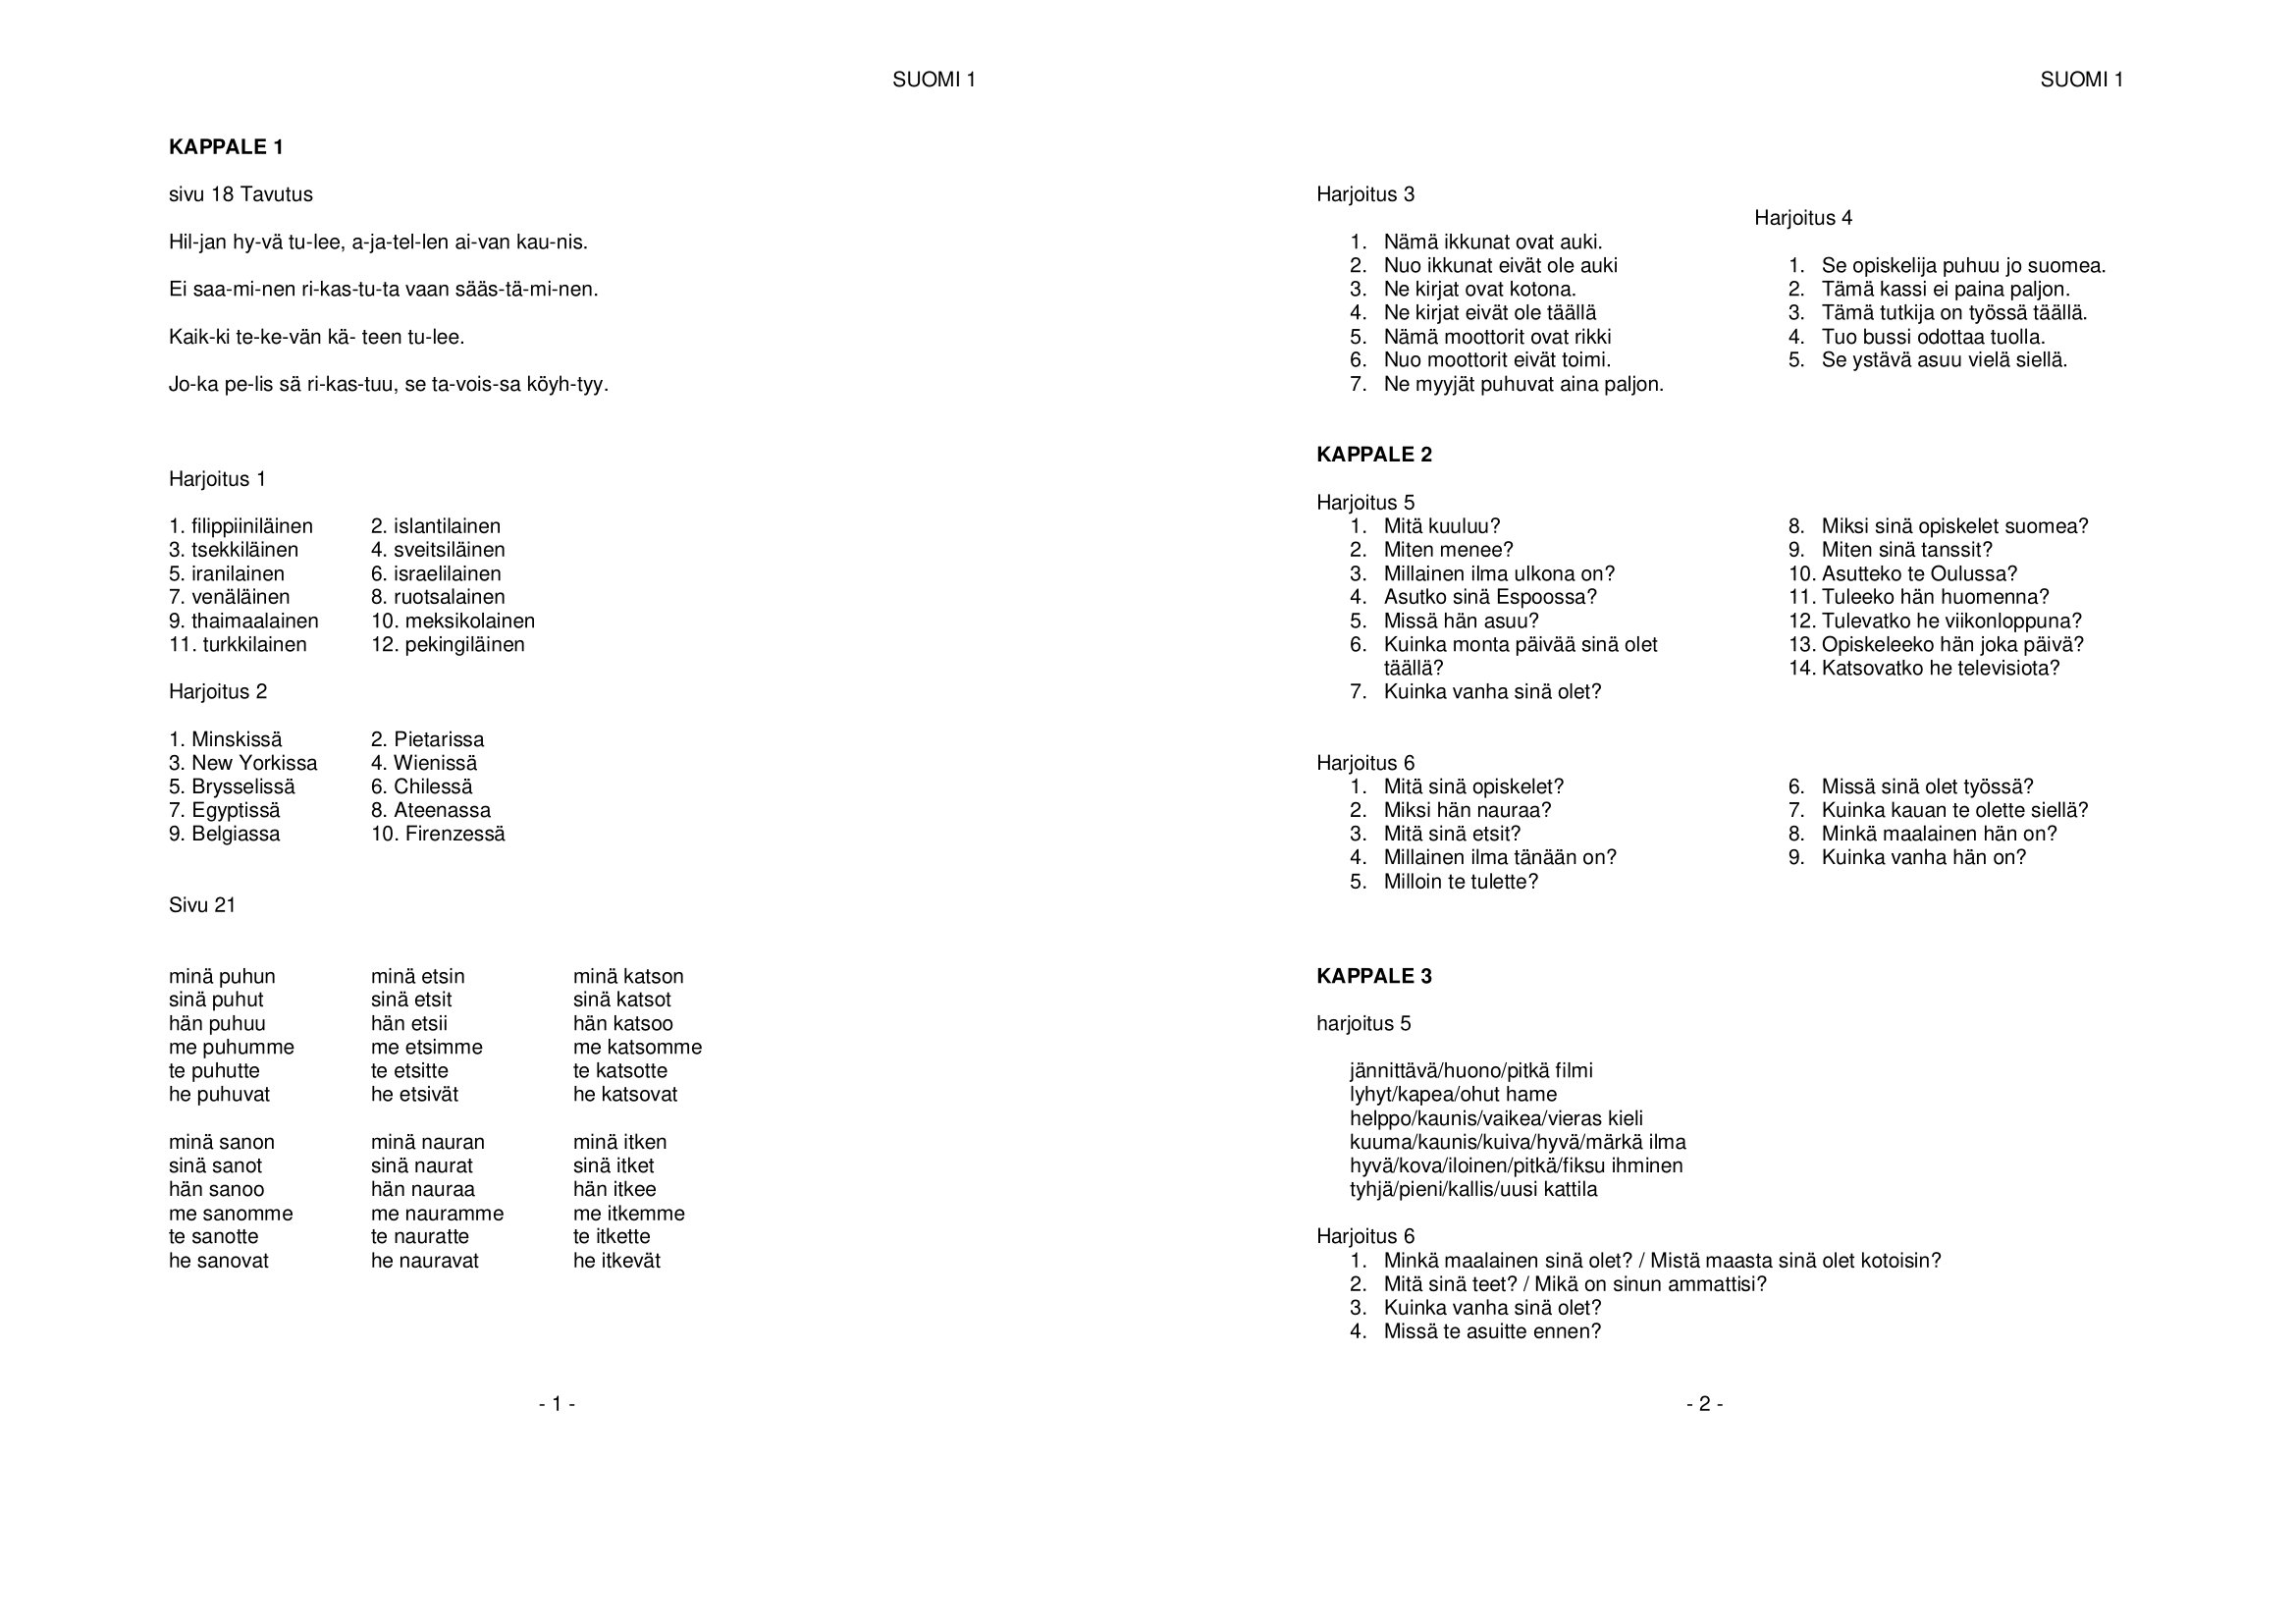
Language: fn